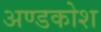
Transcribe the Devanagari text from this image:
अण्डकोश